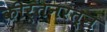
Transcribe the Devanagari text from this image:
कीर्तनरत्‍न